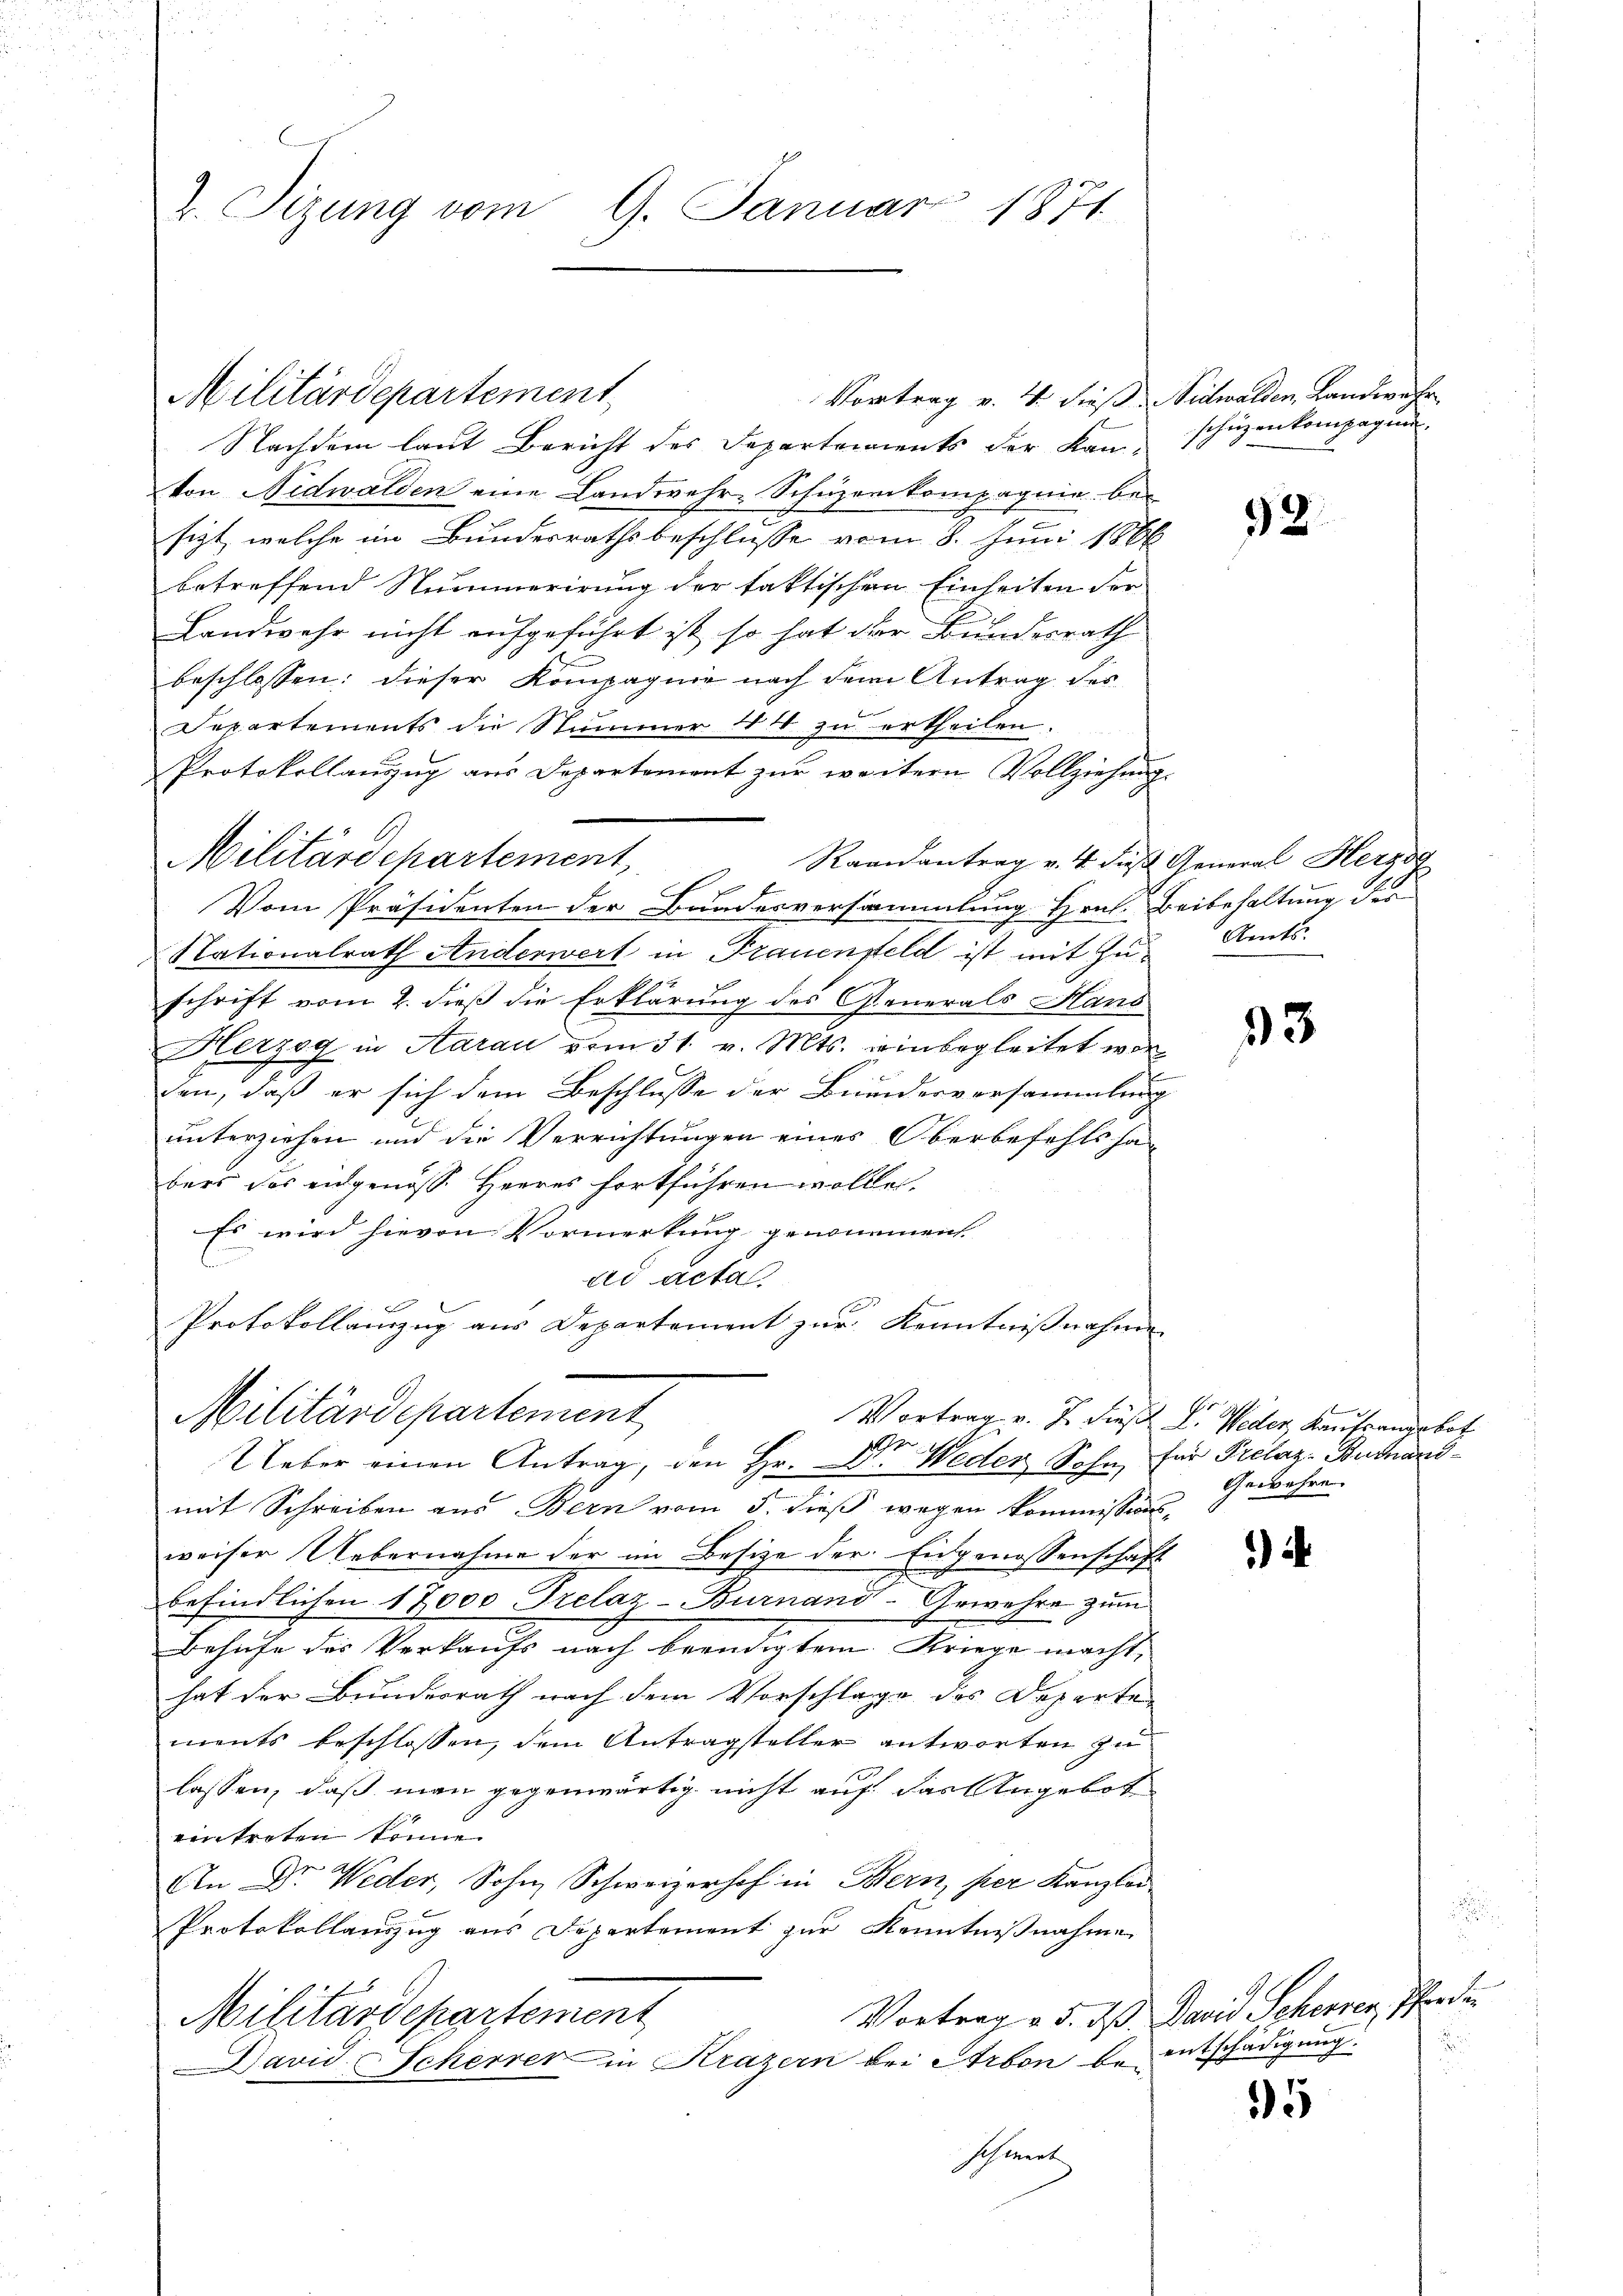
Vortrag v. 4. dieß Nidwalden, Landwehr
Nachdem laut Bericht des Departements der Kan-
von Nidwalden eine Landwehr- Schuzenkompagnie besizt, welche im Bundesrathsbeschlusse vom 8. Juni 1866
betreffend Nummerirung der faktischen Einheiten der
Landwehr nicht aufgeführt ist, so hat der Bundesrath
beschlossen: dieser Kompagnie nach dem Antrag des
Separtements die Stummer 14 zu ertheilen.
Protokollanzug aus Departement zur weitern Vollziehung.
Militärdepartement
Raandantrag v. 4. dies General Herzog
Vom Präsidenten der Bandesversammlung Hrn. Beibehaltung der
Nationalrath Anderwert in Frauenfeld ist mit zu Amts-
schrift vom 2. dieß die Erklärung des Generals Hans
Herzog in Aarau vom 31. v. Mts. einbegleitet wor
den, daß er sich dem Beschlusse der Bunderversammlung
unterziehen und die Verrichtungen eines Oberbefehlsha
bers das eidgenöss. Herres fortführen wolle.
Es wird hievon Vormerkung genommen.
ad actal
Protokollanzug aus Departement zur Kenntnißnahme

v. Tizung vom 9. Januar 1871

Militärdepartement

Militärdepartement
Ueber einen Antrag, den Hr. Weder Sohn, für Prelaz-Butnand¬

mit Schreiben aus Bern vom 5. dieß wegen Kommissions-
weiser Uebernahme der im Besize der Eidgenossenschaft
befindlichen 17000 Prelaz-Burnand-Gewehre zum
Behufe des Verkaufs nach beendigtem Kriege macht,
hat der Bundesrath nach dem Vorschlage des Departe
ments beschlossen, dem Antragsteller antworten zu
lassen, daß man gegenwärtig nicht auf das Angebot
eintreten könne.
An Dr. Wider, Sohn Schweizerhof in Bern, per Kanzlei
Protokollauszug aus Departement zur Kenntnißnahme
Vortrag v. 5. dß David Schenden, Pferden
Militärdepartement
David Scherrer in Krazern bei Arbon be entschädigung.
schwert

schüzenkompagnie,

32

33

Vortrag v. J. dieses L. Weder, Kaufsangebot
Gewehre

)

i

15